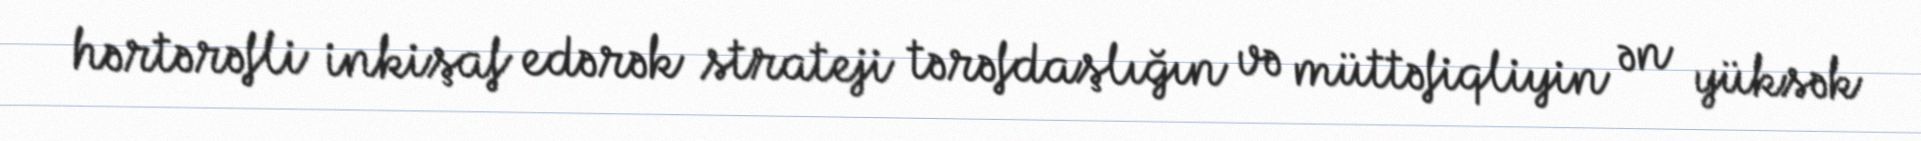
hərtərəfli inkişaf edərək strateji tərəfdaşlığın və müttəfiqliyin ən yüksək